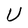
Character: U